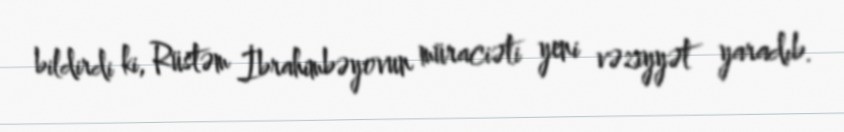
bildirdi ki, Rüstəm İbrahimbəyovun müraciəti yeni vəziyyət yaradıb.